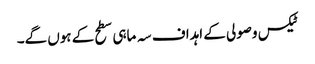
ٹیکس وصولی کے اہداف سہ ماہی سطح کے ہوں گے۔